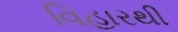
વિહારથી